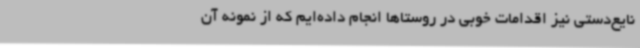
نایع‌دستی نیز اقدامات خوبی در روستاها انجام داده‌ایم که از نمونه آن